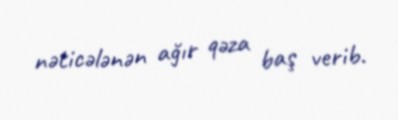
nəticələnən ağır qəza baş verib.